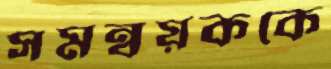
সমন্বয়ককে